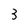
Character: 3